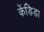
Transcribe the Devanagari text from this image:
केंडिडा